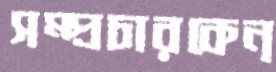
সম্প্রচারকেন্